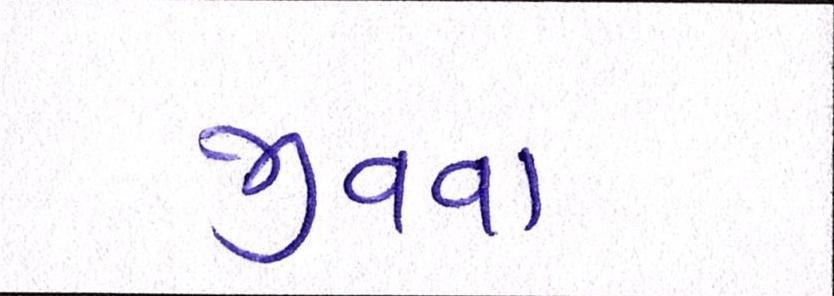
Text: જીવવા